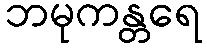
ဘမုကန္တရေ